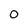
Character: 0